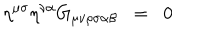
\eta ^ { \mu \sigma } \eta ^ { \nu \alpha } G _ { \mu \nu \rho \sigma \alpha \beta } \; \; = \; \; 0